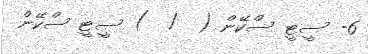
6- ސީޓީ ސްކޭން (  /  ) ސީޓީ ސްކޭން